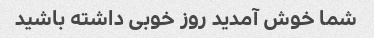
شما خوش آمدید روز خوبی داشته باشید